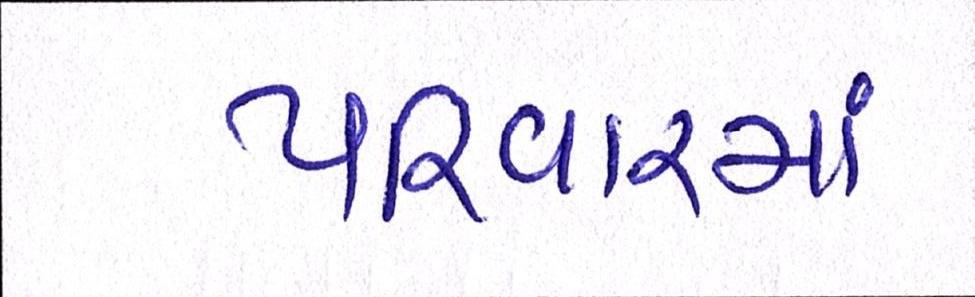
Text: પરિવારમાં